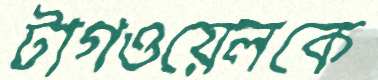
টাগওয়েলকে